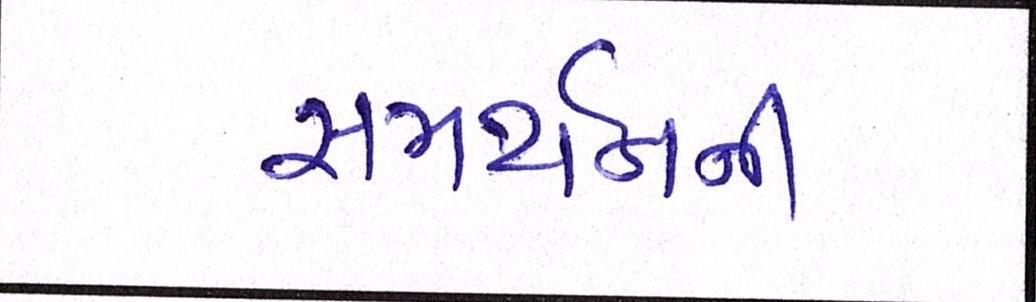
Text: સમર્થનની